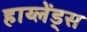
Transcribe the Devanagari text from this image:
हाय्लेंड्स